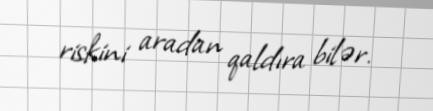
riskini aradan qaldıra bilər.